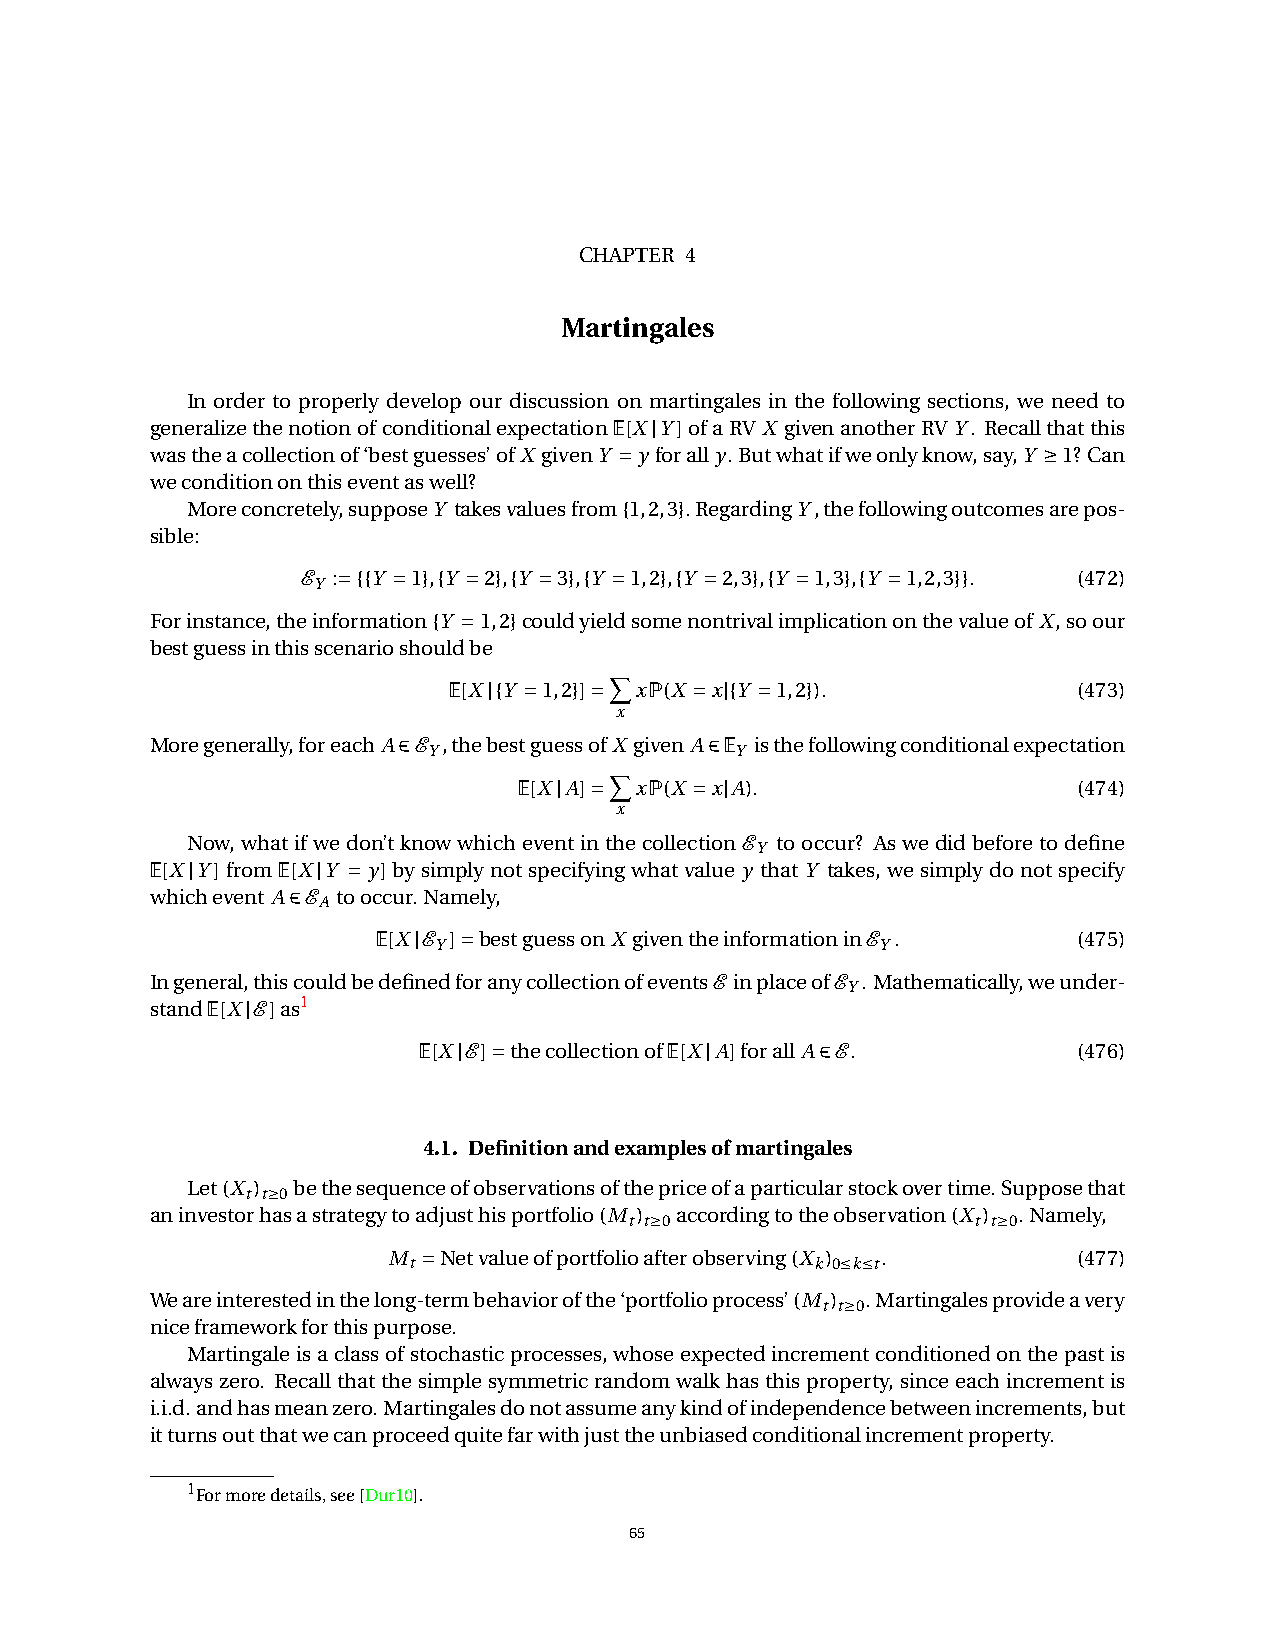
CHAPTER 4
 Martingales
 In order to properly develop our discussion on martingales in the following sections, we need to
 generalizethenotionofconditionalexpectationE[XjY]ofaRV X givenanotherRVY. Recallthatthis
 wastheacollectionof‘bestguesses’ofX givenY ˘y forally.Butwhatifweonlyknow,say,Y ‚1?Can
 weconditiononthiseventaswell?
 Moreconcretely,supposeY takesvaluesfrom{1,2,3}.RegardingY,thefollowingoutcomesarepos-
 sible:
 E :˘{{Y ˘1},{Y ˘2},{Y ˘3},{Y ˘1,2},{Y ˘2,3},{Y ˘1,3},{Y ˘1,2,3}}. (472)
 Y
 Forinstance,theinformation{Y ˘1,2}couldyieldsomenontrivalimplicationonthevalueofX,soour
 bestguessinthisscenarioshouldbe
 X
 E[Xj{Y ˘1,2}]˘ xP(X ˘xj{Y ˘1,2}).        (473)
 x
 Moregenerally,foreachA2E ,thebestguessofX givenA2E isthefollowingconditionalexpectation
 Y                    Y
 X
 E[XjA]˘ xP(X ˘xjA).                  (474)
 x
 Now, what if we don’t know which event in the collection E to occur? As we did before to define
 Y
 E[XjY]fromE[XjY ˘ y]bysimplynotspecifyingwhatvalue y thatY takes, wesimplydonotspecify
 whichevent A2E tooccur.Namely,
 A
 E[XjE ]˘bestguessonX giventheinformationinE . (475)
 Y                            Y
 Ingeneral,thiscouldbedefinedforanycollectionofeventsE inplaceofE .Mathematically,weunder-
 Y
 standE[XjE]as1
 E[XjE]˘thecollectionofE[XjA]forall A2E.    (476)
 4.1. Definitionandexamplesofmartingales
 Let(X t) t‚0bethesequenceofobservationsofthepriceofaparticularstockovertime.Supposethat
 aninvestorhasastrategytoadjusthisportfolio(M t) t‚0accordingtotheobservation(X t) t‚0.Namely,
 M
 t
 ˘Netvalueofportfolioafterobserving(X k) 0•k•t. (477)
 Weareinterestedinthelong-termbehaviorofthe‘portfolioprocess’(M t) t‚0.Martingalesprovideavery
 niceframeworkforthispurpose.
 Martingaleisaclassofstochasticprocesses,whoseexpectedincrementconditionedonthepastis
 alwayszero. Recallthatthesimplesymmetricrandomwalkhasthisproperty, sinceeachincrementis
 i.i.d.andhasmeanzero.Martingalesdonotassumeanykindofindependencebetweenincrements,but
 itturnsoutthatwecanproceedquitefarwithjusttheunbiasedconditionalincrementproperty.
 1
 Formoredetails,see[Dur10].
 65